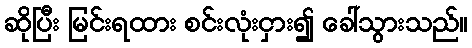
ဆိုပြီး မြင်းရထား စင်းလုံးငှား၍ ခေါ်သွားသည်။